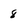
Character: 8